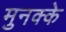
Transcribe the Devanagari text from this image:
मुनक्के